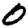
Digit: 0